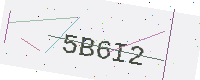
Text: 5B6I2